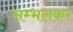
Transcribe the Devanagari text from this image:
सम्भलकर